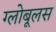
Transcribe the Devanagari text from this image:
ग्लोबूलस